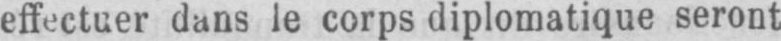
effectuer dans le corps diplomatique seront